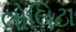
લોલિટા